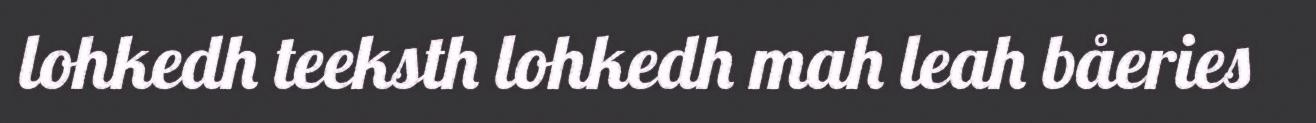
lohkedh teeksth lohkedh mah leah båeries